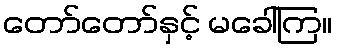
တော်တော်နှင့် မခေါ်ကြ။